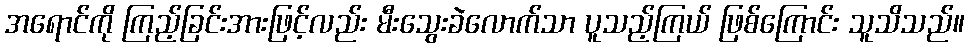
အရောင်ကို ကြည့်ခြင်းအားဖြင့်လည်း မီးသွေးခဲလောက်သာ ပူသည့်ကြယ် ဖြစ်ကြောင်း သူသိသည်။